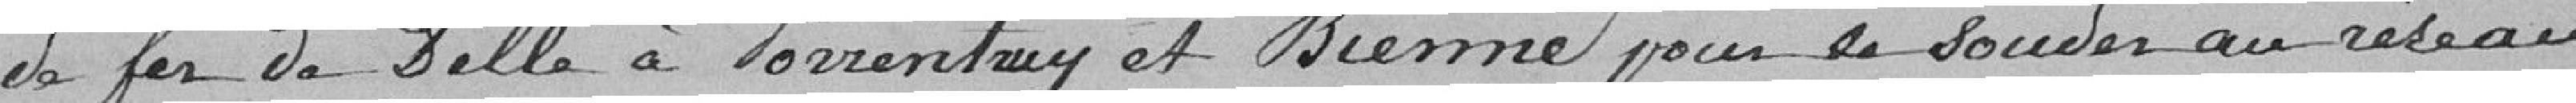
de ferre de Delle à Porrentruy et Bienne pour se souder au réseau